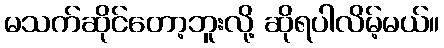
မသက်ဆိုင်တော့ဘူးလို့ ဆိုရပါလိမ့်မယ်။